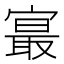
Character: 𪧨